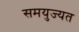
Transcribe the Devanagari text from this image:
समयुज्यत